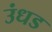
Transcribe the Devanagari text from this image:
उंधड